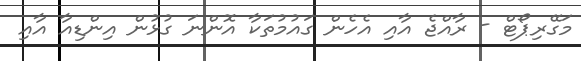
މަގޭރިޕޯޓް - ރާއްޖެ އާއި އެހެން ގައުމުތަކާ އޮންނަ ގުޅުން އިންޑިއާ އާއި